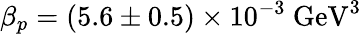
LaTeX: \beta_{p}=(5.6\pm 0.5)\times 10^{-3}~\mathrm{GeV}^{3}